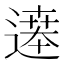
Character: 𬩂